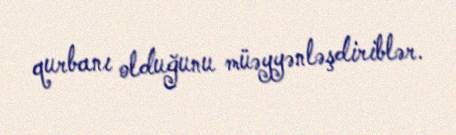
qurbanı olduğunu müəyyənləşdiriblər.